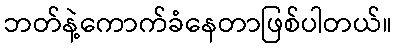
ဘတ်နဲ့ကောက်ခံနေတာဖြစ်ပါတယ်။